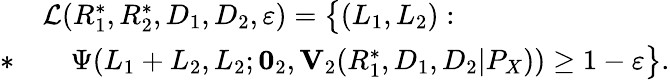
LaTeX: \begin{array}{rl}&{\mathcal{L}(R_{1}^{*},R_{2}^{*},D_{1},D_{2},\varepsilon)=\big\{ (L_{1},L_{2}):}\\ {*}&{\quad\Psi(L_{1}+L_{2},L_{2};\mathbf{0}_{2},\mathbf{V}_{2}(R_{1}^{*},D_{1},D_{2}|P_{X}))\geq 1-\varepsilon\big\} .}\end{array}